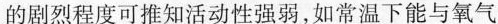
的剧烈程度可推知活动性强弱，如常温下能与氧气